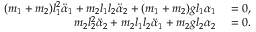
\begin{array} { r l } { ( m _ { 1 } + m _ { 2 } ) l _ { 1 } ^ { 2 } \ddot { \alpha } _ { 1 } + m _ { 2 } l _ { 1 } l _ { 2 } \ddot { \alpha } _ { 2 } + ( m _ { 1 } + m _ { 2 } ) g l _ { 1 } \alpha _ { 1 } } & { { } = 0 , } \\ { m _ { 2 } l _ { 2 } ^ { 2 } \ddot { \alpha } _ { 2 } + m _ { 2 } l _ { 1 } l _ { 2 } \ddot { \alpha } _ { 1 } + m _ { 2 } g l _ { 2 } \alpha _ { 2 } } & { { } = 0 . } \end{array}